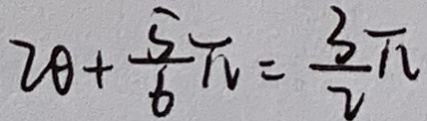
2 \theta + \frac { 5 } { 6 } \pi = \frac { 3 } { 2 } \pi